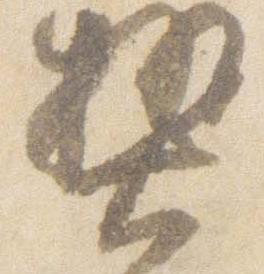
熱